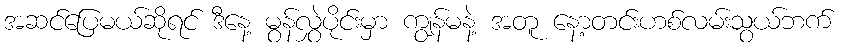
အဆင်ပြေမယ်ဆိုရင် ဒီနေ့ မွန်လွှဲပိုင်းမှာ ကျွန်မနဲ့ အတူ နော့တင်းဟစ်လမ်းသွယ်ဘက်